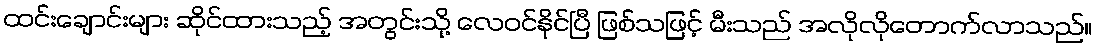
ထင်းချောင်းများ ဆိုင်ထားသည့် အတွင်းသို့ လေဝင်နိုင်ပြီ ဖြစ်သဖြင့် မီးသည် အလိုလိုတောက်လာသည်။